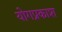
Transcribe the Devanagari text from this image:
योगप्रकाश